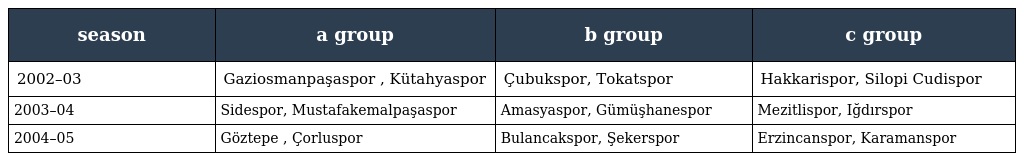
| season | a group | b group | c group |
 | --- | --- | --- | --- |
 | 2002–03 | Gaziosmanpaşaspor , Kütahyaspor | Çubukspor, Tokatspor | Hakkarispor, Silopi Cudispor |
 | 2003–04 | Sidespor, Mustafakemalpaşaspor | Amasyaspor, Gümüşhanespor | Mezitlispor, Iğdırspor |
 | 2004–05 | Göztepe , Çorluspor | Bulancakspor, Şekerspor | Erzincanspor, Karamanspor |